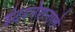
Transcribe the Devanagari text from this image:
इंटरनेशनाले